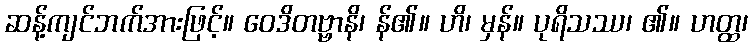
ဆန့်ကျင်ဘက်အားဖြင့်။ ဝေဒိတဗ္ဗာနိ၊ န်၏။ ဟိ၊ မှန်။ ပုရိသဿ၊ ၏။ ဟတ္ထ၊